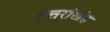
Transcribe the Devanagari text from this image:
उत्तरांखंड